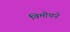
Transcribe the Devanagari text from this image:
विमोचने